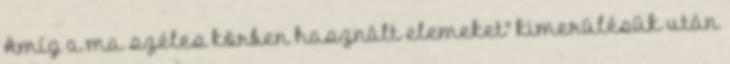
Amíg a ma széles körben használt elemeket" kimerülésük után